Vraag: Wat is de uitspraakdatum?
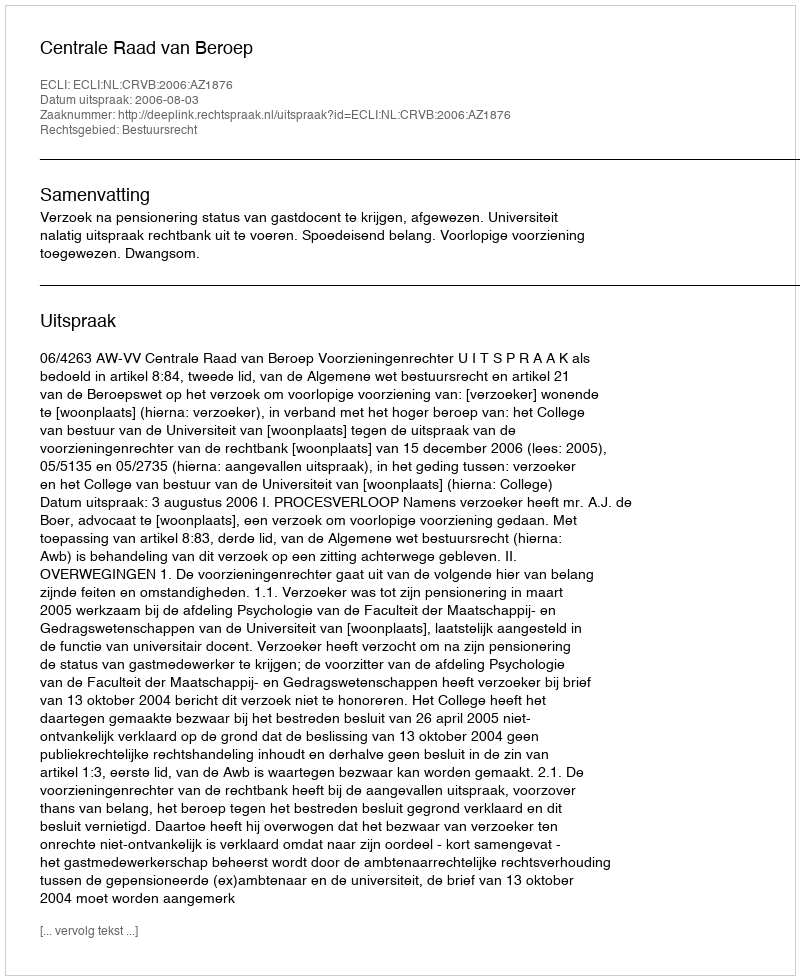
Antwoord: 2006-08-03